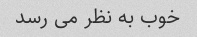
خوب به نظر می رسد